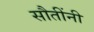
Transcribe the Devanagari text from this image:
सौतींनी